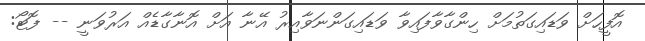
އޮފީހަށް ވަޑައިގަތުމަށް ހިންގާވާފައިވާ ވަޑައިގަންނަވާއިރު އޭނާ އަށް އޮނާގާޑެއް އަރުވަނީ -- ފޮޓޯ: